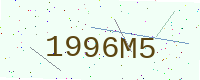
Text: 1996M5